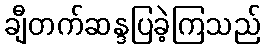
ချီတက်ဆန္ဒပြခဲ့ကြသည်